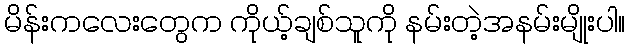
မိန်းကလေးတွေက ကိုယ့်ချစ်သူကို နမ်းတဲ့အနမ်းမျိုးပါ။